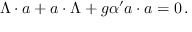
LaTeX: \Lambda \cdot a + a \cdot \Lambda + g { \alpha ^ { \prime } } a \cdot a = 0 \, .